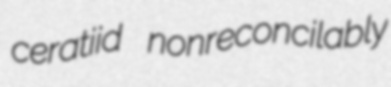
ceratiid nonreconcilably